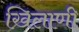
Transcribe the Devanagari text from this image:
खिलाणी